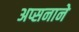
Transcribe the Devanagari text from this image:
अप्सनाने